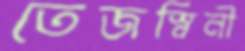
তেজস্বিনী